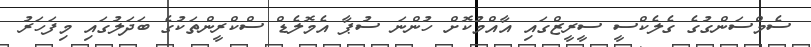
ސެމްސަންގުގެ ގެލެކްސީ ސީރީޒްގައި އާއްމުކޮށް ހުންނަ ސުޕާ އެމޮލެޑް ސްކްރީންތަކުގެ ބަދަލުގައި މިފަހަރު